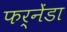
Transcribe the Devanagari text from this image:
फर्नेंडा